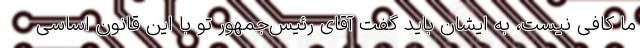
ما کافی نیست، به ایشان باید گفت آقای رئیس‌جمهور تو با این قانون اساسی